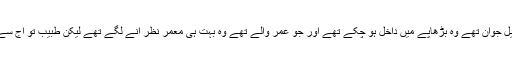
بھرا دربار طبیب کو دیکھ کر حیرت زدہ تھا کیونکہ جو درباری اس وقت کڑیل جوان تھے وہ بڑھاپے میں داخل ہو چکے تھے اور جو عمر والے تھے وہ بہت ہی معمر نظر آنے لگے تھے لیکن طبیب تو آج سے سولہ برس پہلے جیسا تھا آج بھی وہ ان سب کو ویسا ہی دکھائی دے رہا تھا۔